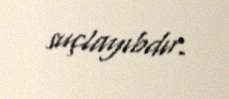
suçlayıbdır.